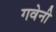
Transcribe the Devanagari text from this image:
गवेनी